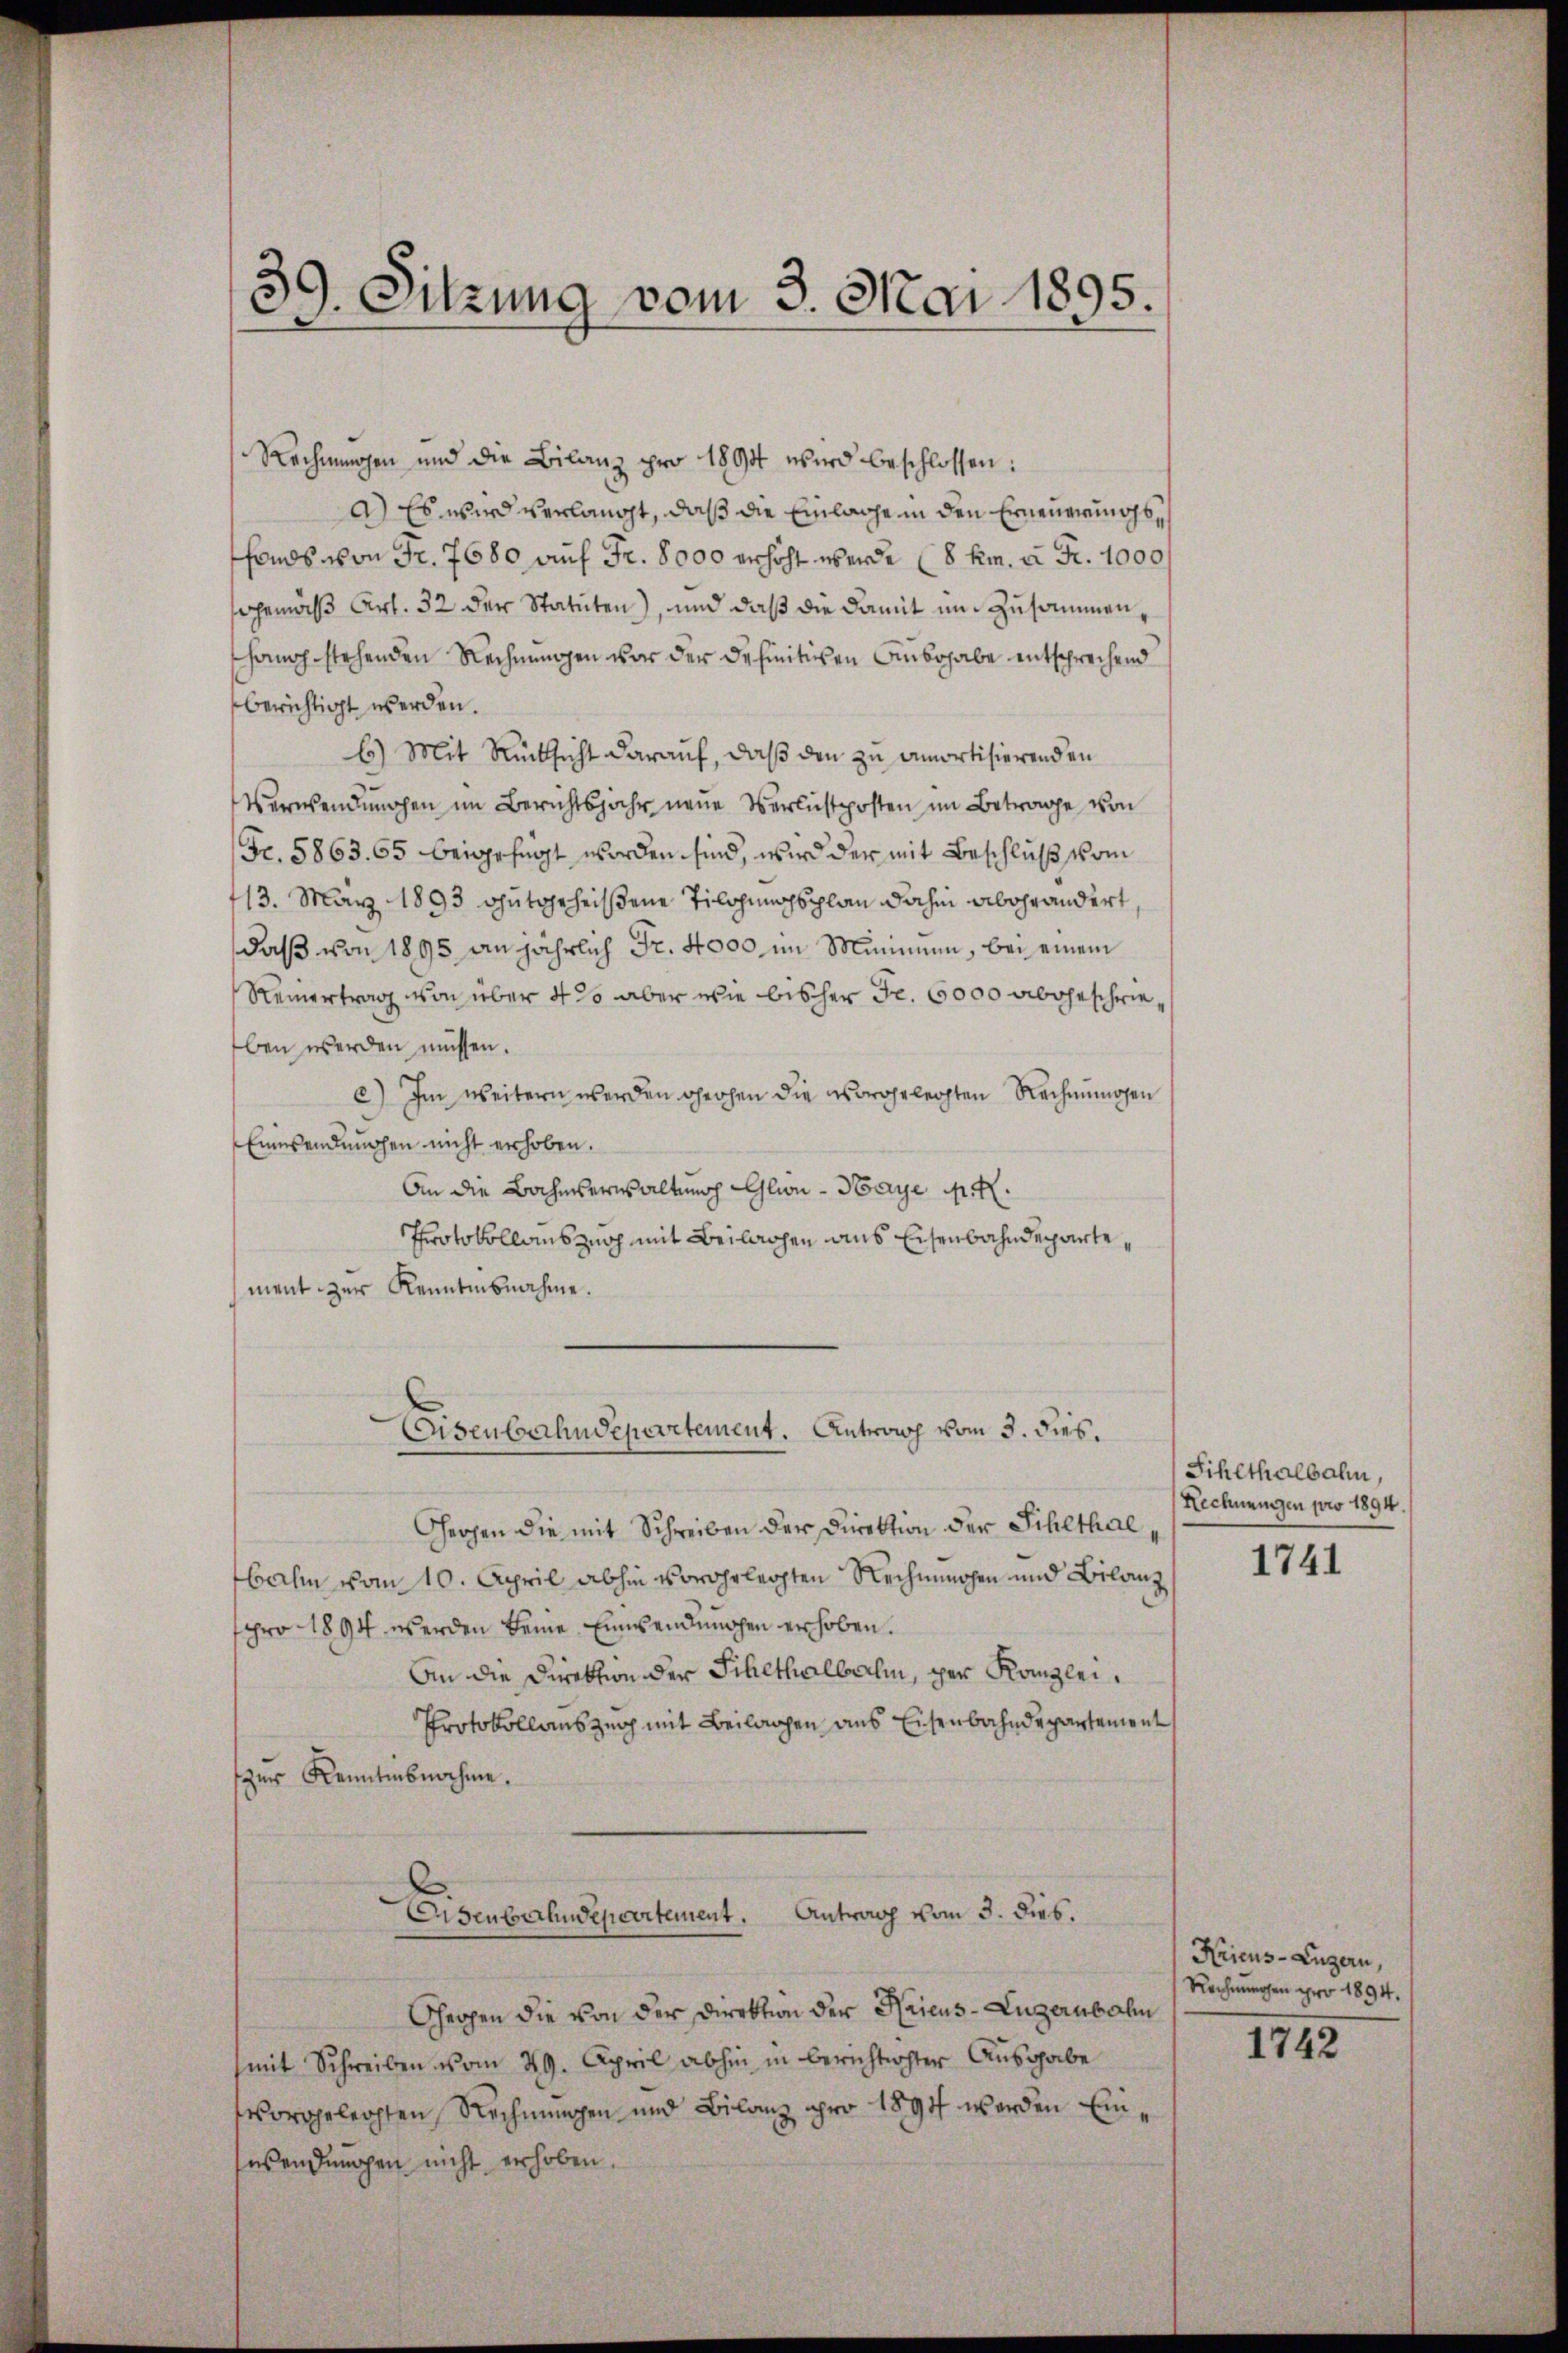
Rechnungen und die Bilanz pro 1894 wird beschlossen:
a.) Es wird verlangt, daß die Einlage in den Erneuerungsfonds von Fr. 7680 auf Fr. 8000 erhöht werde (8 km u. Fr. 1000
gemäß Art. 32 der Statuten), und daß die damit um Zusammen,
hang stehenden Rechnungen vor der definitiven Aubohabe entsprechend
berichtigt werden.
b) Mit Rücksicht darauf, daß die zu amortisierenden
Verwendungen im Berichtsjahr neue Verlichtposten im Betrage von
Fr. 5863. 65 beigefügt worden sind, wird der mit Beschluß vom
13. März 1893 gutgeheißene Tilohungsplan dahin abgeändert
daß von 1895 an jährlich Fr. 4000 im Minimmen, bei einem
Reinertrag von über 4 % aber wie bisher Fr. 6000 abgeschrieben werden müssen.
c) Im weitern werden hohen die vorgelegten Rechnungen
Einesendungen nicht erhoben.
An die Bahmserwaltung Glion - Haye u.
Protokollauszug mit Beilagen aus Eisenbahndepartement zur Kenntnisnahme.
Eisenbahndepartement. Antransch vom 3. dies.
Ghergen die mit Schreiben der Direktion der Sihlthal,
bahn vom 10. April abhin vorgelegten Rechnungen und Bilanz
pro 1894 werden keine Einwendungen erhoben.
An die Direktion der Schethalbachen, per Kanzlei¬
Protokollauszug mit Beilagen aus Eisenbahndepartement
zur Kenntnisnahme.
Eisenbahndepartement. Antrach vom 3. dies.
Ghergen die von der Direktion der Haieus-Luzernbahn
(mit Schreiben vom 29. April abhin in berichtigster Ausgabe
vorgelechten Rechnungen und Bilanz pro 1894 werden Einsesendungen nicht erhoben.

39. Sitzung vom 3. Mai 1895.

Sihlthalbahn,
Rechnungen pro 1894.
1741

Kricus-Luzern,
Rechnungen pro 1894.
1742